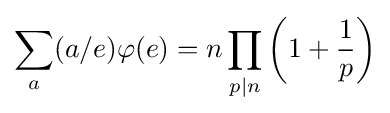
\sum _{a}(a/e)\varphi (e)=n\prod _{p|n}\left(1+{\frac {1}{p}}\right)